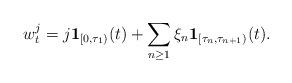
LaTeX: \begin{align*}w^j_t=j\mathbf{1}_{[0,\tau_1)}(t) +\sum_{n\ge 1}\xi_n\mathbf{1}_{[\tau_{n},\tau_{n+1})}(t).\end{align*}